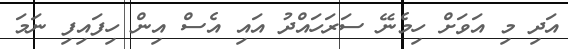
އަދި މި އަވަށް ހިމެނޭ ސަރަހައްދު އައި އެސް އިން ހިފައިފި ނަމަ